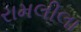
રામલીલા